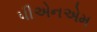
પીએનએમ